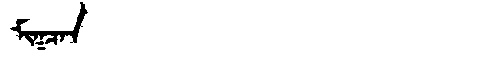
Manchu: ᠮᡳᡴᠴᠠᠨ
Romanization: MIKCAN